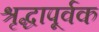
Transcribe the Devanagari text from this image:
श्रृद्धापूर्वक